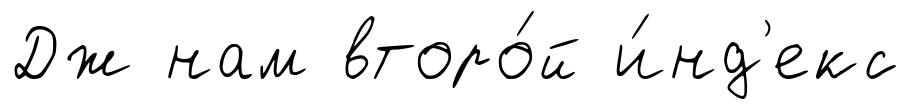
Дж нам второ́й и́нд'екс